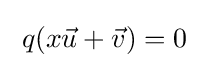
\;q(x{\vec {u}}+{\vec {v}})=0\;